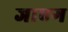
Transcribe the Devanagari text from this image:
जाएग